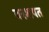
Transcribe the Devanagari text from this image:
बरशपत